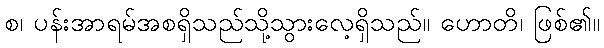
စ၊ ပန်းအာရမ်အစရှိသည်သို့သွားလေ့ရှိသည်။ ဟောတိ၊ ဖြစ်၏။